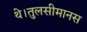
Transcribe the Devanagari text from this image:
थे।तुलसीमानस